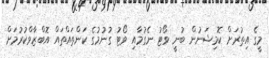
މީގެ އިތުރަށް ކޮމިޝަނުން ބުނީ ވޯޓު ނެގުމާއި ވޯޓު ގުނުމުގެ ކަންތައްތައް އޮބްޒާވްކުރުމަށް